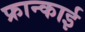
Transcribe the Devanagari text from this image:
फ्रान्काई